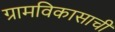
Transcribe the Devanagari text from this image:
ग्रामविकासाची